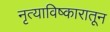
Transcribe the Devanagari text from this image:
नृत्याविष्कारातून